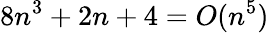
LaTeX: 8n^{3}+2n+4=O(n^{5})